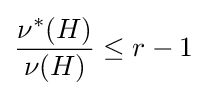
{\frac {\nu ^{*}(H)}{\nu (H)}}\leq r-1